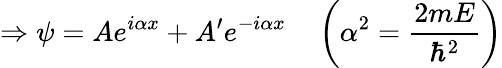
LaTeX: \Rightarrow\psi=Ae^{i\alpha x}+A^{\prime}e^{-i\alpha x}\quad\left(\alpha^{2}={\frac{2mE}{\hbar^{2}}}\right)